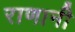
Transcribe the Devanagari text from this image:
राणानी